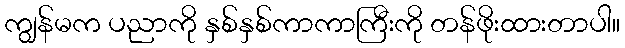
ကျွန်မက ပညာကို နှစ်နှစ်ကာကာကြီးကို တန်ဖိုးထားတာပါ။